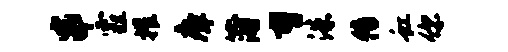
串霾摧瘴蒲曹洙传虹你